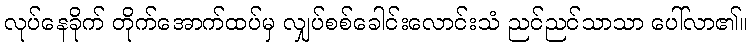
လုပ်နေခိုက် တိုက်အောက်ထပ်မှ လျှပ်စစ်ခေါင်းလောင်းသံ ညင်ညင်သာသာ ပေါ်လာ၏။